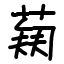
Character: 𬝥